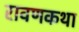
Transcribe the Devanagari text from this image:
रावणकथा